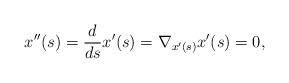
LaTeX: \begin{align*}x''(s) &= \frac{d}{ds} x'(s) =\nabla_{x'(s)}x'(s) = 0,\end{align*}